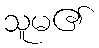
သူမ၏